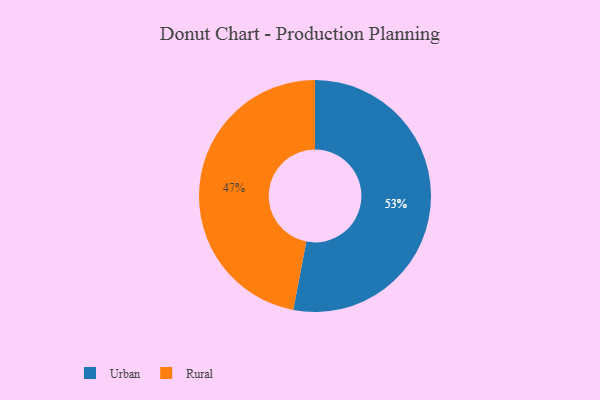
{"axis": {"x": "Category", "y": "Percentage"}, "legend": ["Rural", "Urban"], "data": [{"x": "Rural", "y": 47, "type": "Rural"}, {"x": "Urban", "y": 53, "type": "Urban"}]}